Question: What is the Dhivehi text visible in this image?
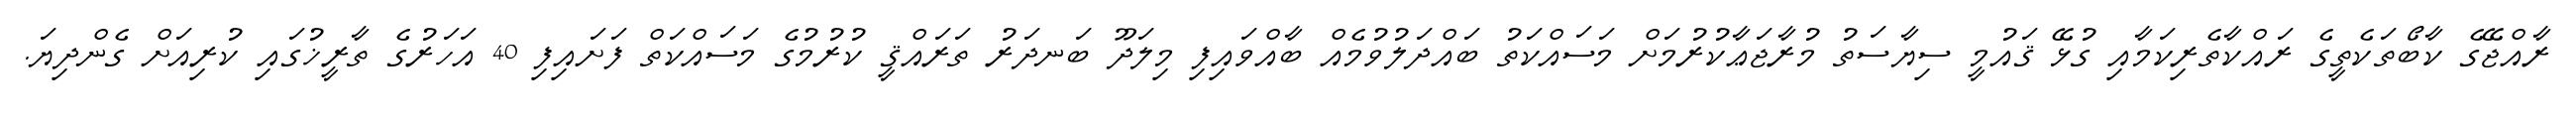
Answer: ރާއްޖޭގެ ކާބޯތަކެތީގެ ރައްކާތެރިކަމާއި ގުޅޭ ޤައުމީ ސިޔާސަތު މުރާޖަޢާކުރުމަށް މަސައްކަތު ބައްދަލުވުމެއް ބާއްވައިފި މިލަދޫ ބަނދަރު ތަރައްޤީ ކުރުމުގެ މަސައްކަތް ފަށައިފި 40 އަހަރުގެ ތާރީޚުގައި ކުރިއަށް ގެންދިޔަ.